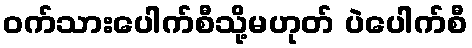
ဝက်သားပေါက်စီသို့မဟုတ် ပဲပေါက်စီ